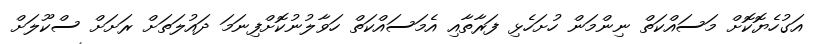
އަގުހެޔޮކޮށް މަސައްކަތް ނިންމަން ހުށަހެޅި ފަރާތާއި އެމަސައްކަތް ހަވާލުނުކޮށްފިނަމަ ދައުލަތަށް ރަށަށް ސްކޫލަށް